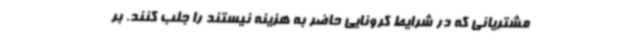
مشتریانی که در شرایط کرونایی حاضر به هزینه نیستند را جلب کنند. بر